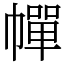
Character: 幝